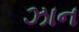
ઝાન